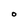
Character: O